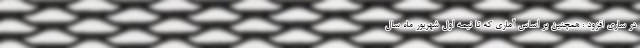
در ساری افزود : همچنین بر اساس آماری که تا نیمه اول شهریور ماه سال